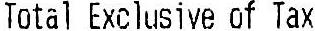
TOTAL EXCLUSIVE OF TAX